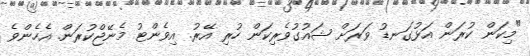
"މިކަން ކުރަން އަޅުގަނޑު ވަރަށް ޝައުގުވެރިކަން ހުރި އޭރު. އިވެންޓު މެނޭޖްކުރަން. އެހެންވެ